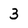
Character: 3